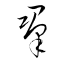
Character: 羣